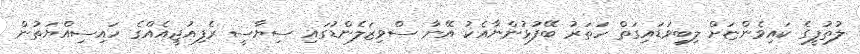
ލުތުފީގެ ކައިވެންޏަށް ލިބިވަޑައިގަތް ހަތަރު ބޭފުޅުންނާއެކު އޭނާ ސްވިޒަލެންޑުގައި ސިޔާސީ ރެފިއުޖީއެއްގެ ހައިސިއްޔަތުން